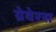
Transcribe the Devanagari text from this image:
ग्रेवेरस